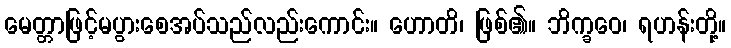
မေတ္တာဖြင့်မပွားစေအပ်သည်လည်းကောင်း။ ဟောတိ၊ ဖြစ်၏။ ဘိက္ခဝေ၊ ရဟန်းတို့။